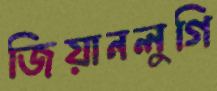
জিয়ানলুগি